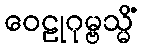
ဝေဠုဂုမ္ဗသ္မိံ